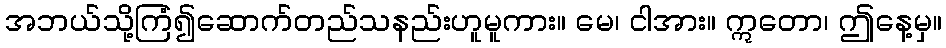
အဘယ်သို့ကြံ၍ဆောက်တည်သနည်းဟူမူကား။ မေ၊ ငါအား။ ဣတော၊ ဤနေ့မှ။